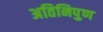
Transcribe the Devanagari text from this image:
अतिनिपुण